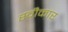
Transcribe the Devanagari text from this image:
स्वीेकार